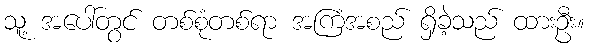
သူ့ အပေါ်တွင် တစ်စုံတစ်ရာ အကြံအစည် ရှိခဲ့သည် ထားဦး။